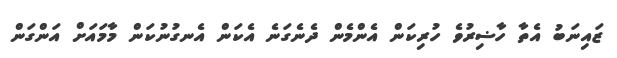
ޒައިނަބު އެތާ ހާޟިރުވެ ހުރިކަން އެންމެން ދެނެގަނެ އެކަން އެނގުނުކަން މާމައަށް އަންގަން